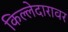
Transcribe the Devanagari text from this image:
किल्लेदारावर